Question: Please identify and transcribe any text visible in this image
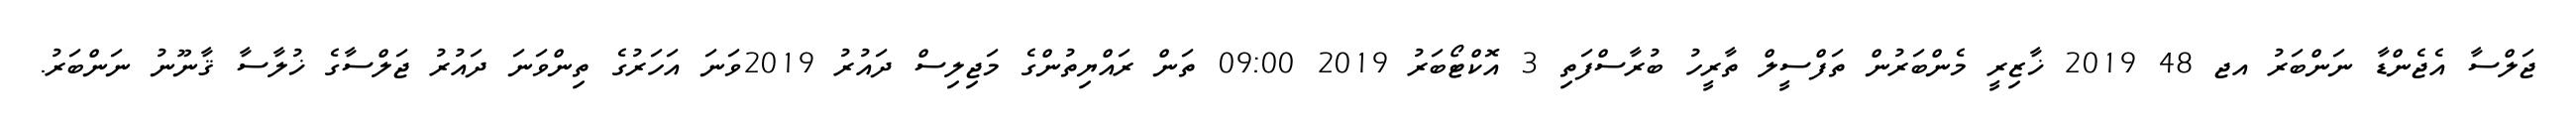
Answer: ޖަލްސާ އެޖެންޑާ ނަންބަރު އޖ 48 2019 ޚާޒިރީ މެންބަރުން ތަފްސީލް ތާރީހު ބުރާސްފަތި 3 އޮކްޓޯބަރު 2019 09:00 ތަން ރައްޔިތުންގެ މަޖިލިސް ދައުރު 2019ވަނަ އަހަރުގެ ތިންވަނަ ދައުރު ޖަލްސާގެ ޚުލާސާ ޤާނޫނު ނަންބަރު.